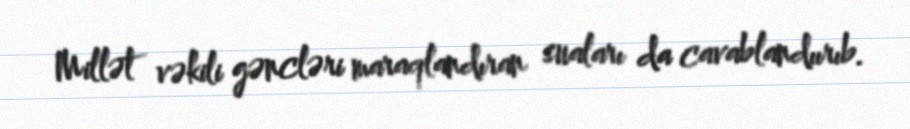
Millət vəkili gəncləri maraqlandıran suaları da cavablandıırıb.